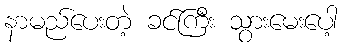
နာမည်ပေးတဲ့ ခင်ကြီး သွားမေးပေါ့